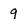
Character: 9